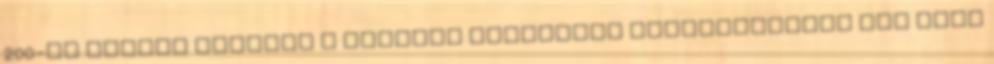
200-an álltak rajthoz a Mozdulj Solymáron Lelkesedésben nem volt